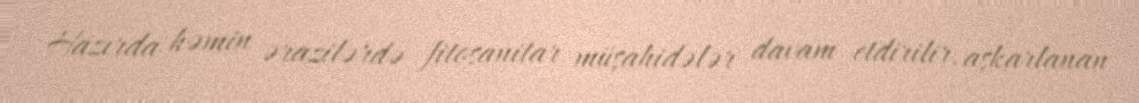
Hazırda həmin ərazilərdə fitosanitar müşahidələr davam etdirilir, aşkarlanan